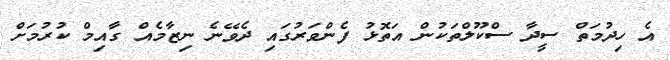
އެ ހިދުމަތް ސީދާ ސްކޫލްތަކުން އަތޮޅު ފެންވަރުގައި ދެވޭނެ ނިޒާމެއް ގާއިމް ކުރުމަށް